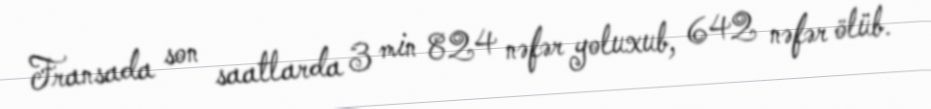
Fransada son saatlarda 3 min 824 nəfər yoluxub, 642 nəfər ölüb.